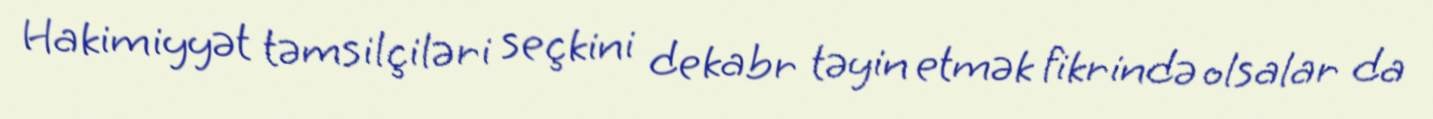
Hakimiyyət təmsilçiləri seçkini dekabr təyin etmək fikrində olsalar da